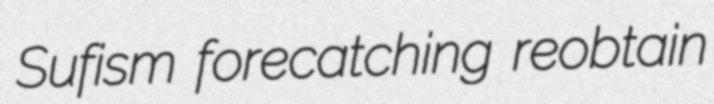
Sufism forecatching reobtain